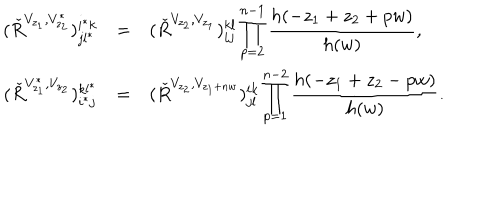
\begin{array} { r c l } { { ( \check { R } ^ { V _ { z _ { 1 } } , V _ { z _ { 2 } } ^ { * } } ) _ { j l ^ { * } } ^ { i ^ { * } k } } } & { { = } } & { { ( \check { R } ^ { V _ { z _ { 2 } } , V _ { z _ { 1 } } } ) _ { i j } ^ { k l } \displaystyle \prod _ { p = 2 } ^ { n - 1 } \frac { h ( - z _ { 1 } + z _ { 2 } + p w ) } { h ( w ) } , } } \\ { { ( \check { R } ^ { V _ { z _ { 1 } } ^ { * } , V _ { z _ { 2 } } } ) _ { i ^ { * } j } ^ { k l ^ { * } } } } & { { = } } & { { ( \check { R } ^ { V _ { z _ { 2 } } , V _ { z _ { 1 } + n w } } ) _ { j l } ^ { i k } \displaystyle \prod _ { p = 1 } ^ { n - 2 } \frac { h ( - z _ { 1 } + z _ { 2 } - p w ) } { h ( w ) } . } } \\ \end{array}